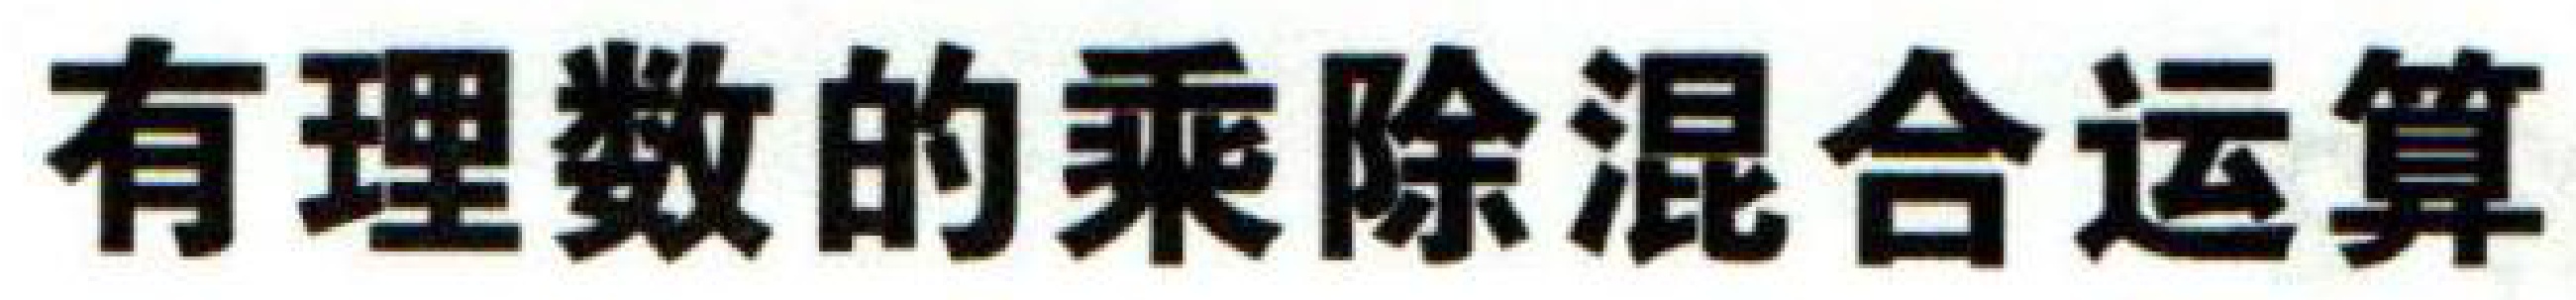
有理数的乘除混合运算